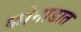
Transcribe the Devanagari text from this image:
कोनाडात